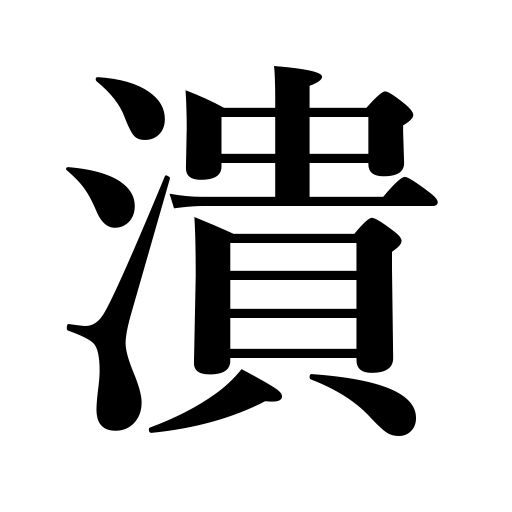
Meanings: wastetime,kill,collapse,be smashed,dissipate,be ruined,break,demolish,melt down,be destroyed,be worn down,be defacedtype,butcher,smash,crush